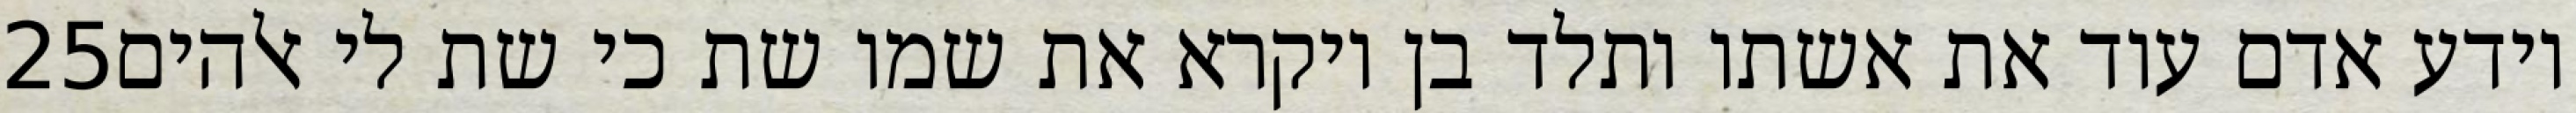
‎25‏ וידע אדם עוד את אשתו ותלד בן ויקרא את שמו שת כי שת לי אלהים